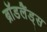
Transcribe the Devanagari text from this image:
ब्रॉडलैंड्स